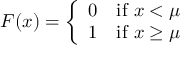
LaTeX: F ( x ) = { \left\{ \begin{array} { l l } { 0 } & { { \mathrm { i f ~ } } x < \mu } \\ { 1 } & { { \mathrm { i f ~ } } x \geq \mu } \end{array} \right. }